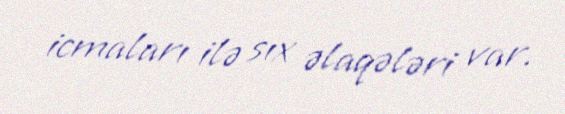
icmaları ilə sıx əlaqələri var.